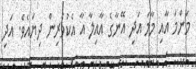
މަންމަ އާއި މާމަ އަދި އޭނާގެ އާއިލާ އާ އެކުވެރިން ދިޔައެވެ. އަދި